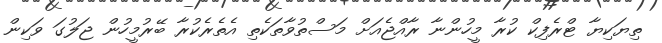
ތިޔަކިޔާ ޓްރެފިކް ކުރާ މީހުންނާ ރާއްޖެއަށް މަސްތުވާތަކެތި އެތެރެކުރާ ބޭރުމީހުން ޖަލުގަ ވަކިން